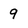
Character: 9